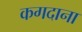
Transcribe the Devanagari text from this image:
कगदाना